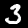
Label: 3